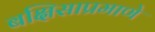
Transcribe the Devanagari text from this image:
बक्षिसाप्रमाणे